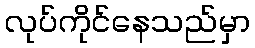
လုပ်ကိုင်နေသည်မှာ